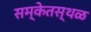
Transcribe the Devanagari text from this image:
सम्केतस्थळ